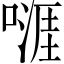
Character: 𠽎